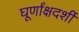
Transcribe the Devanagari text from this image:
घूर्णांक्षदर्शी